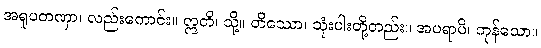
အရူပတဏှာ၊ လည်းကောင်း။ ဣတိ၊ သို့။ တိဿော၊ သုံးပါးတို့တည်း။ အပရာပိ၊ ကုန်သော။